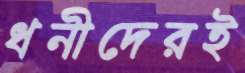
ধনীদেরই